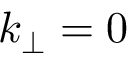
k _ { \perp } = 0